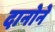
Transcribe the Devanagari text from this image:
दानोने